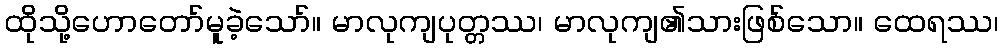
ထိုသို့ဟောတော်မူခဲ့သော်။ မာလုကျပုတ္တဿ၊ မာလုကျ၏သားဖြစ်သော။ ထေရဿ၊